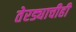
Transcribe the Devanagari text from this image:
तेरड्याचीही